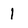
Character: 1